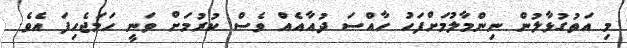
މި އަތުގުޅާލުން ނިންމާލުމަށްފަހު ހާއްސަ ދުއާއެއް ވެސް ކުރުމަށް ވަނީ ހަމަޖެހިފަ އެވެ.